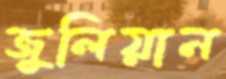
জুলিয়ান